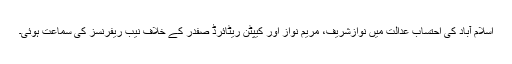
اسلام آباد کی احتساب عدالت میں نوازشریف، مریم نواز اور کیپٹن ریٹائرڈ صفدر کے خلاف نیب ریفرنسز کی سماعت ہوئی۔